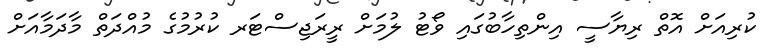
ކުރިއަށް އޮތް ރިޔާސީ އިންތިހާބުގައި ވޯޓު ލުމަށް ރީރަޖިސްޓަރ ކުރުމުގެ މުއްދަތް މާދަމާއަށް